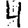
Digit: 4